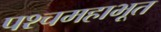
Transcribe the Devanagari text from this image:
पश्चमहाभूत